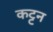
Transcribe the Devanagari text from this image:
कट्टन